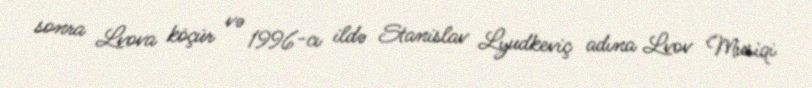
sonra Lvova köçür və 1996-cı ildə Stanislav Lyudkeviç adına Lvov Musiqi